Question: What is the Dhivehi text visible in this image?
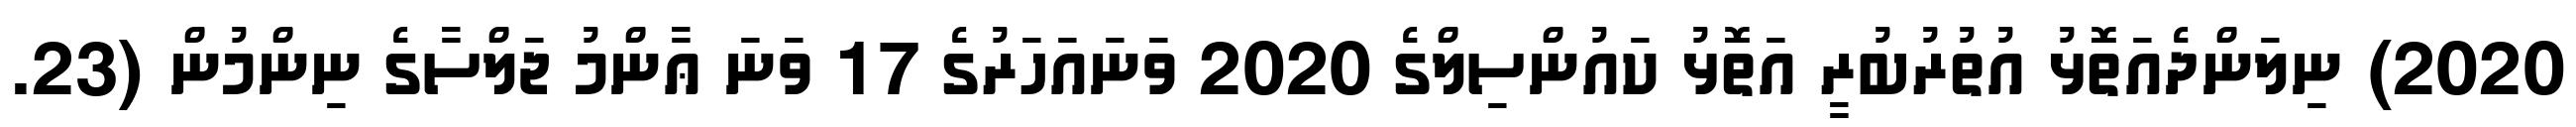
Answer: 2020) ނިލަންދެއަތޮޅު އުތުރުބުރީ އަތޮޅު ކައުންސިލްގެ 2020 ވަނައަހަރުގެ 17 ވަނަ ޢާންމު ޖަލްސާގެ ނިންމުން (23.